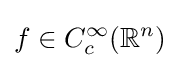
f\in C_{c}^{\infty }(\mathbb {R} ^{n})